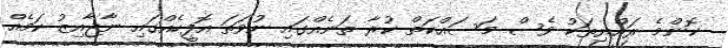
ކޮންމެ ރައްޔިތަކު ވެސް މަސައްކަތް ކުރާ ތަނެއްގައި ނުވަތަ އޮފީހެއްގައި ނާޖާއިޒު ކަމެއް